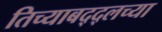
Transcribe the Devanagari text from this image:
तिच्याबद्द्लच्या